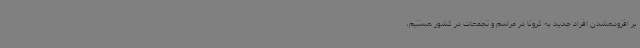
بر افزودهشدن افراد جدید به کرونا در مراسم‌ و تجمعات در کشور هستیم،